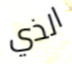
الذي